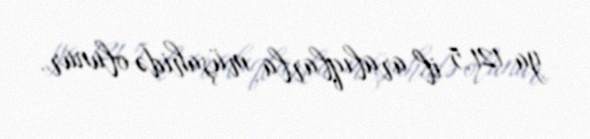
ya 121,5 il aralıqlarla müşahidə olunur.